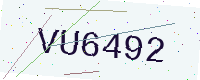
Text: VU6492